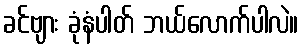
ခင်ဗျား ခုံနံပါတ် ဘယ်လောက်ပါလဲ။